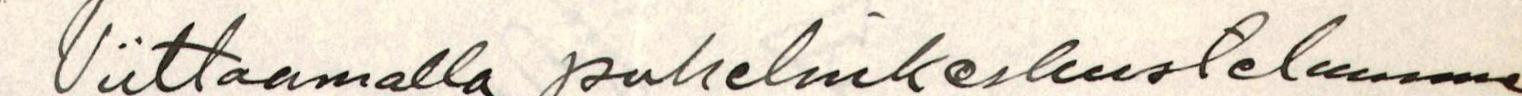
Viittaamalla puhelinkeskusteluumme